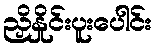
ညှိနှိုင်းပူးပေါင်း